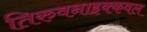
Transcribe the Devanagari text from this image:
तिरुवनाइक्कवल